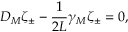
{ D _ { M } \zeta _ { \pm } - { \frac { 1 } { 2 L } } \gamma _ { M } \zeta _ { \pm } = 0 , }